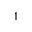
^ { 1 }